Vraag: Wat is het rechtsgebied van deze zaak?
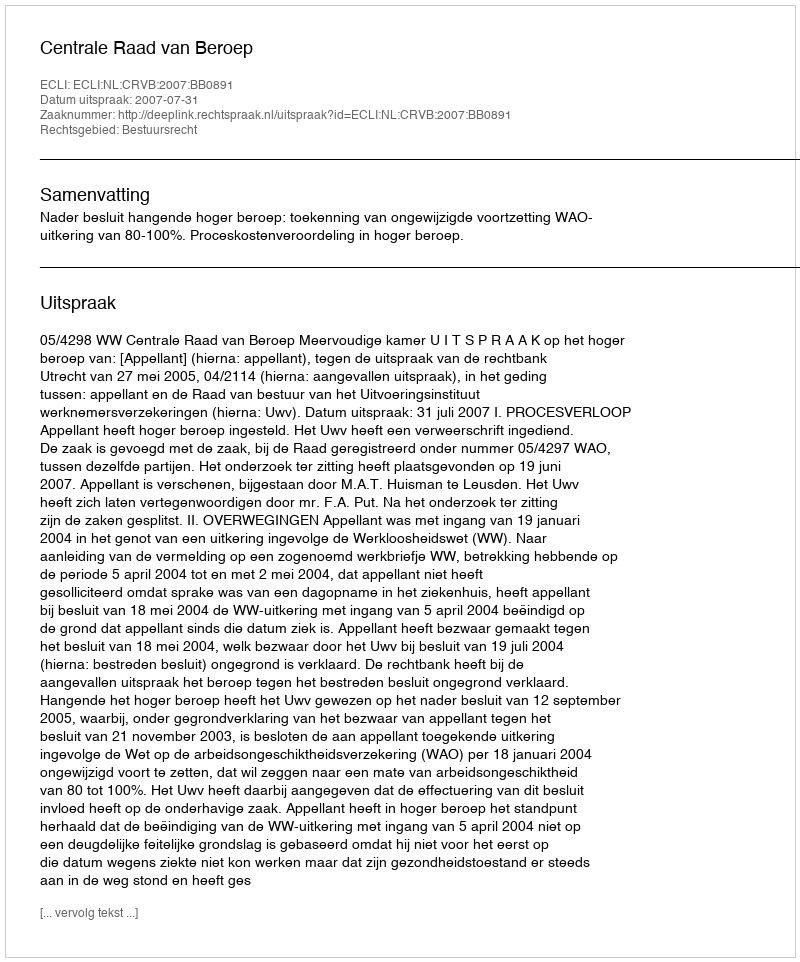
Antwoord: Bestuursrecht